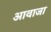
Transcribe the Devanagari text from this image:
आवाजा